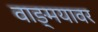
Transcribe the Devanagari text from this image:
वाङ्‍मयावर